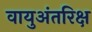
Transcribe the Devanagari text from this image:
वायुअंतरिक्ष